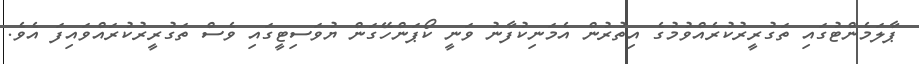
ޕާލަމެންޓުގައި ތަގުރީރުކުރެއްވުމުގެ އިތުރުން އެމަނިކުފާނު ވަނީ ކޯޕަންހޭގަން ޔުވަސިޓީގައި ވެސް ތަގުރީރުކުރައްވައިފަ އެވެ.